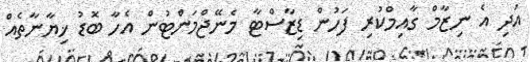
އަދި އެ ނިޒާމް ގާއިމްކުރި ފަހުން ޑިޒާސްޓާ މެނޭޖްމަންޓުން އެހާ ބޮޑު ޚިޔާނާތެއް